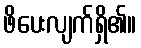
ဖိပေးလျက်ရှိ၏။